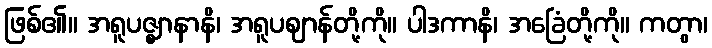
ဖြစ်၏။ အရူပဇ္ဈာနာနိ၊ အရူပဈာန်တို့ကို။ ပါဒကာနိ၊ အခြေံတို့ကို။ ကတွာ၊